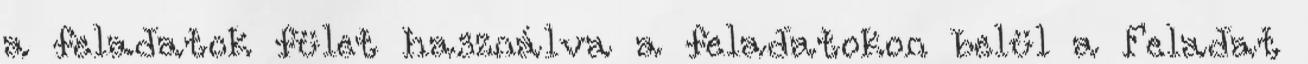
a feladatok fület használva a feladatokon belül a Feladat